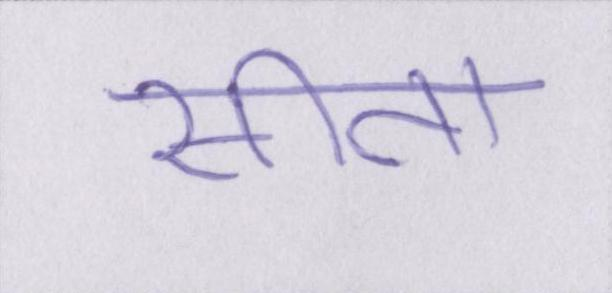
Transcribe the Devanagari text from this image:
सीता